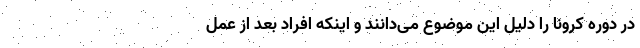
در دوره کرونا را دلیل این موضوع می‌دانند و اینکه افراد بعد از عمل